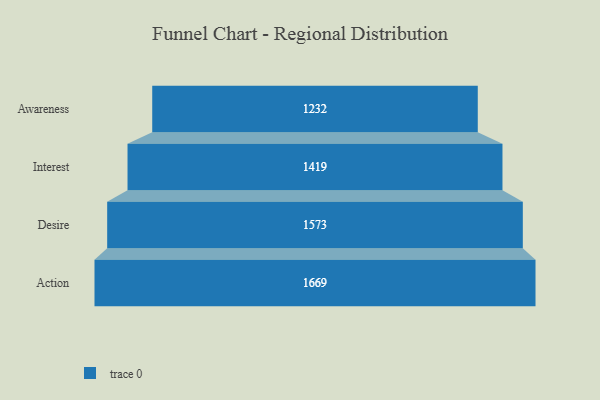
{"axis": {"x": "Stage", "y": "Value"}, "legend": [""], "data": [{"x": "Awareness", "y": 1232.0, "type": ""}, {"x": "Interest", "y": 1419.0, "type": ""}, {"x": "Desire", "y": 1573.0, "type": ""}, {"x": "Action", "y": 1669.0, "type": ""}]}